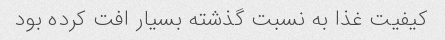
کیفیت غذا به نسبت گذشته بسیار افت کرده بود